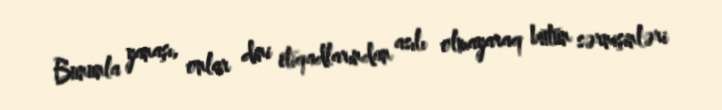
Bununla yanaşı, onlar dini etiqadlarından asılı olmayaraq bütün sərnişinləri